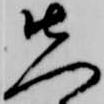
先